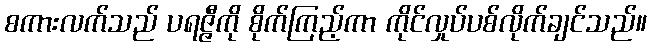
စကားလက်သည် ပရဇ္ဇီကို စိုက်ကြည့်ကာ ကိုင်လှုပ်ပစ်လိုက်ချင်သည်။